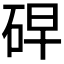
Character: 𰦸